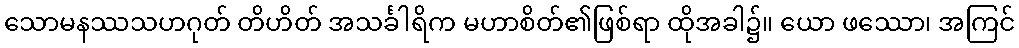
သောမနဿသဟဂုတ် တိဟိတ် အသင်္ခါရိက မဟာစိတ်၏ဖြစ်ရာ ထိုအခါ၌။ ယော ဖဿော၊ အကြင်